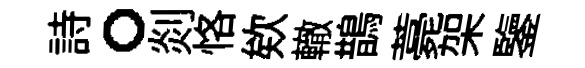
詩。剡恪欸轍鵲薧架鑒